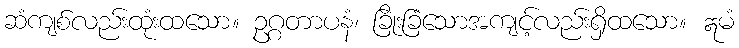
ဆံကျစ်လည်းထုံးထသော။ ဥဂ္ဂတာပနံ၊ ခြိုးခြံသောအကျင့်လည်းရှိထသော။ ဣမံ